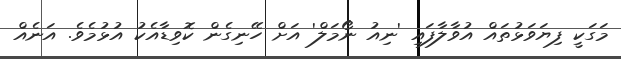
މަގަކީ ފިޔަވަޅުތައް އުވާލާފައި 'ނިއު ނޯމަލް' އަށް ހޭނިގެން ކޮވިޑާއެކު އުޅުމެވެ. އަނެއް